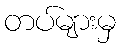
တပ်များမှ